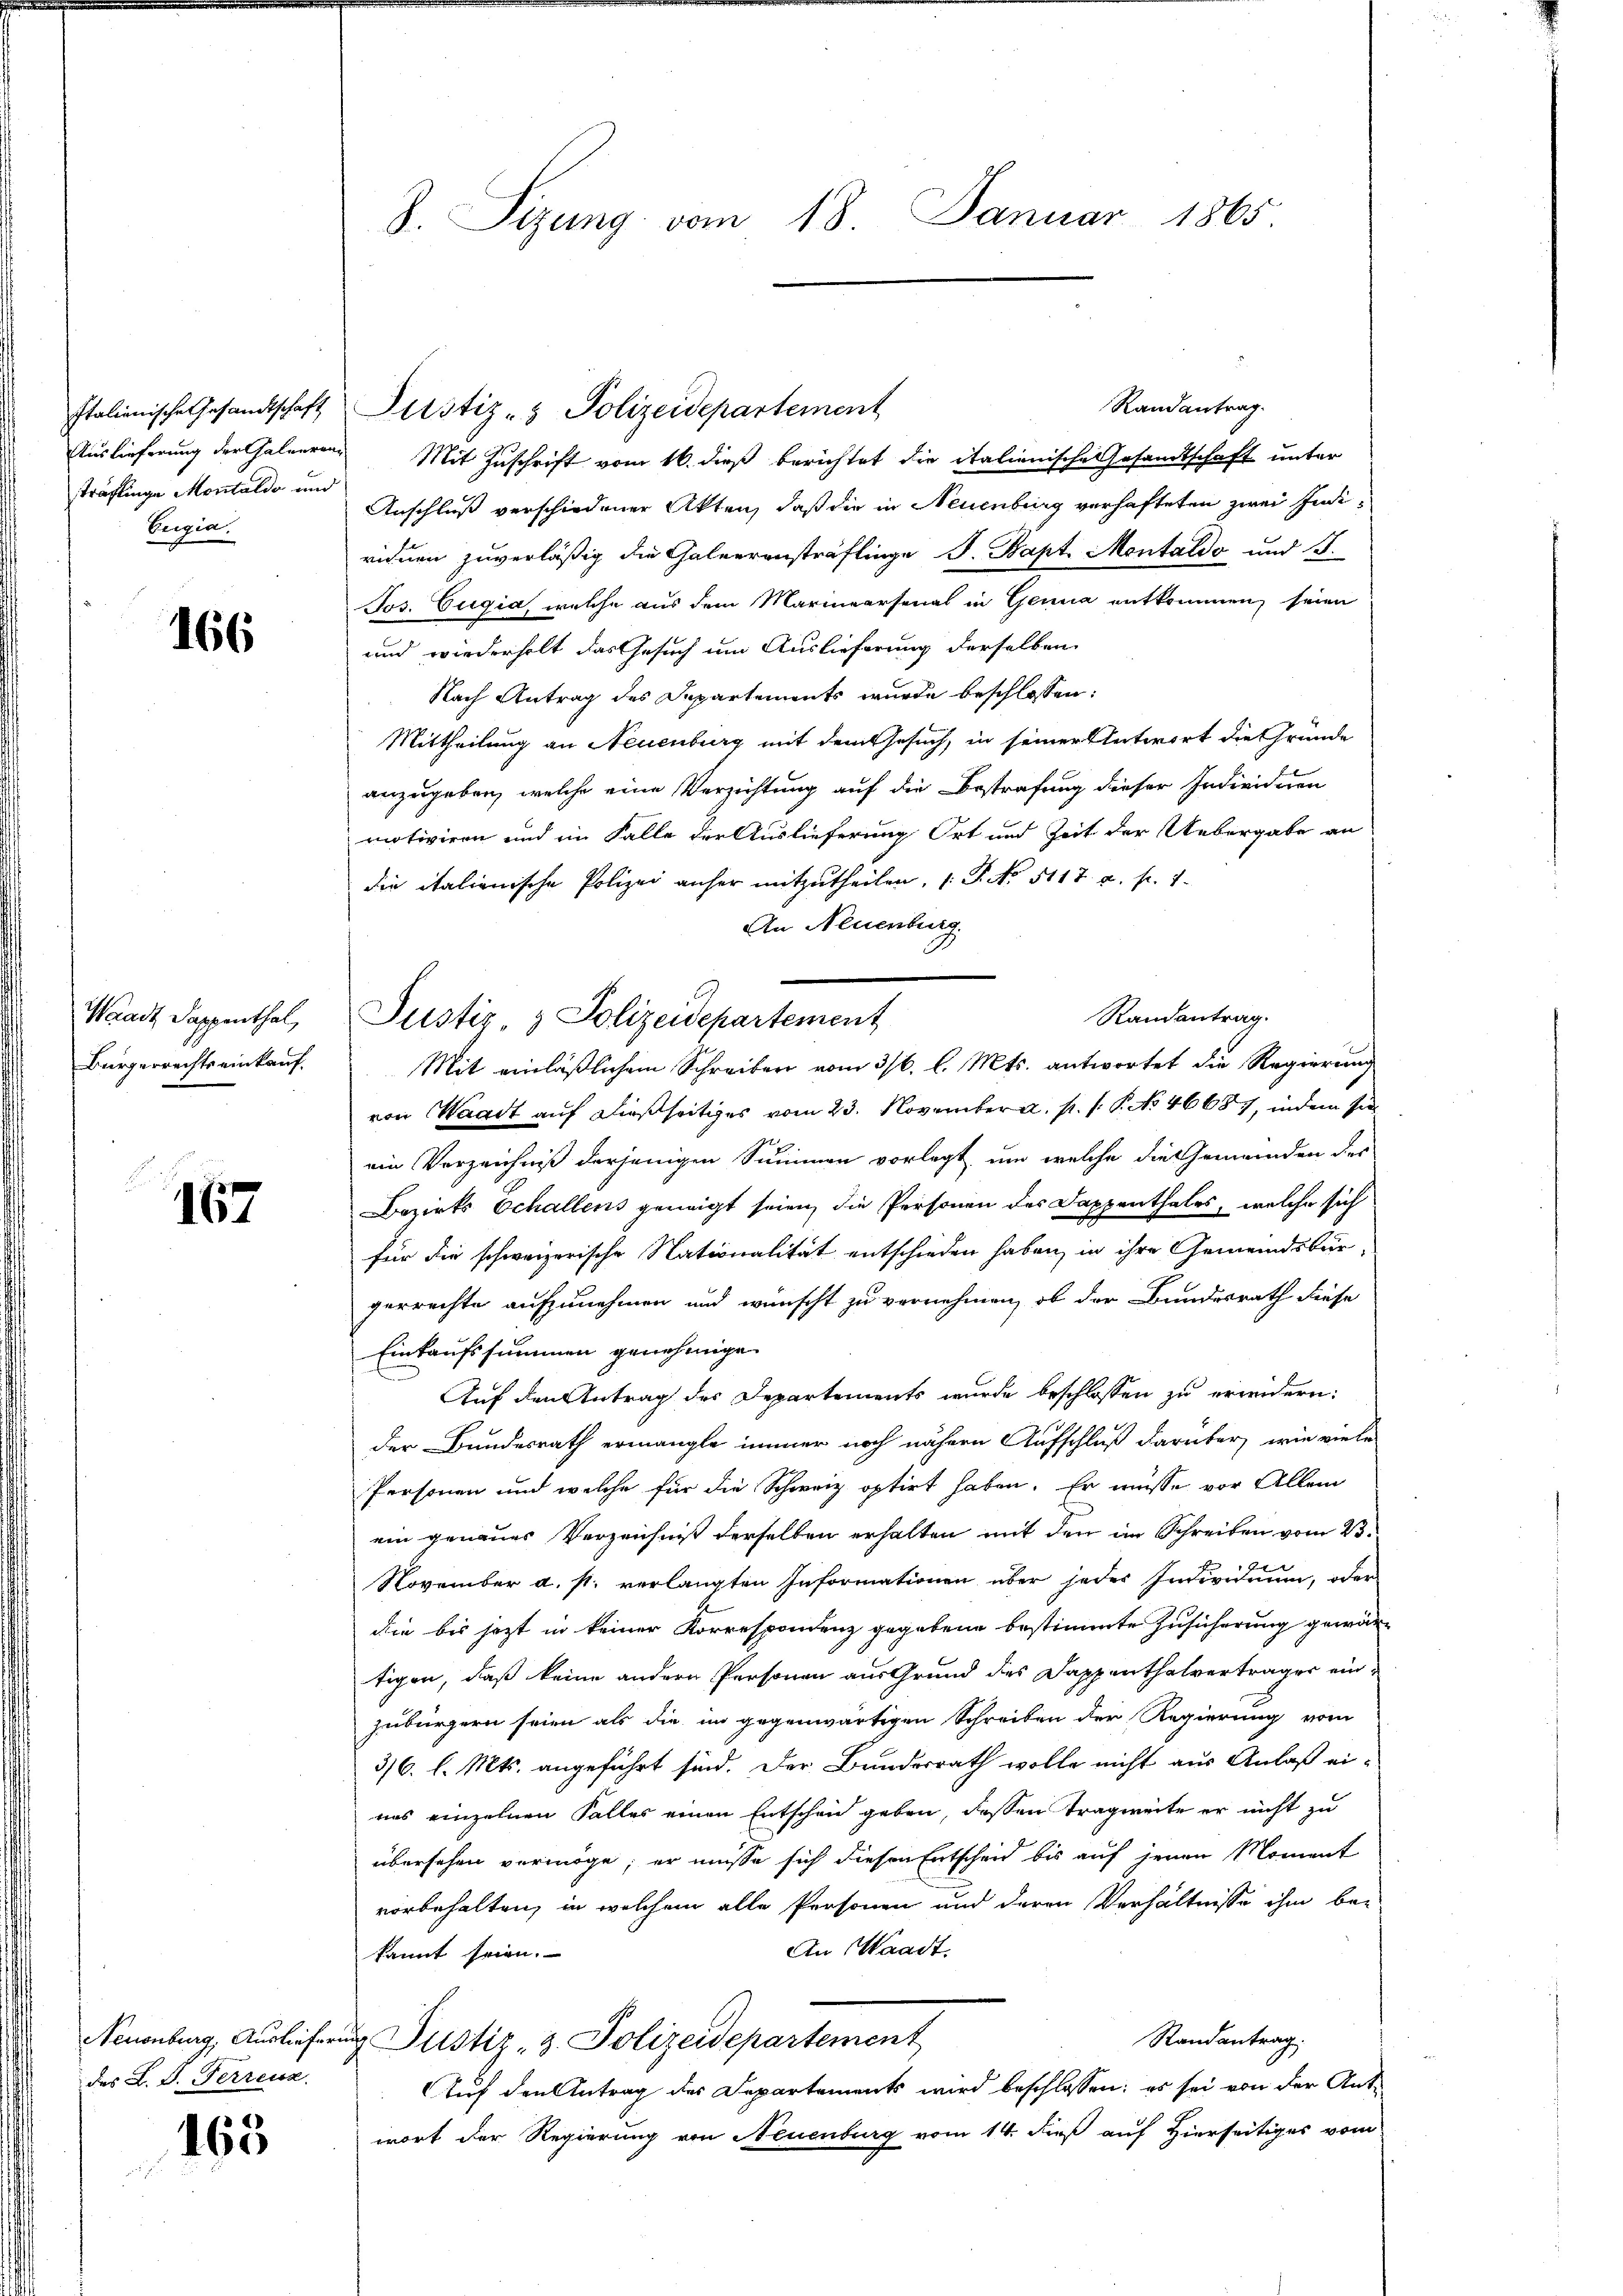
Italienische Gesandtschaft
Auslieferung der Galieren
sträflinge Montaldo und
Luigia.

166

Waadt Sappenthal,
Bürgerrechts einkauf,

167

des L. S. Ferrena

165

S. Sizung vom 18. Januar 1865

Randantrag.
 Mit Zuschrift vom 16. dieß berichtet die italienische Gesandtschaft unter
Anschluß verschiedener Akten, daß die in Neuenburg verhafteten zwei Individuen zuverläßig die Galeerensträflinge J. Bapt. Montaldo und S.
Jos. Eugia, welche aus dem Marmeersonal in Genia entkommen, seien
und wiederholt das Gesuch um Auslieferung derselben
Nach Antrag des Departements wurde beschlossen:
Mittheilung an Neuenburg mit dem Gesuch, in seiner Antwort die Gründe
anzugeben, welche eine Verzichtung auf die Bestrafung dieser Individuen
motiviren und im Falle der Auslieferung Ort und Zeit der Uebergabe an
die italienische Polizei anher mitzutheilen, s. S. No. 5117. a. f. 1.
An Neuenburg.
Randantrag.
Justiz & Polizeidepartement
Mit einläßlichem Schreiben vom 3/6. l. Mts. antwortet die Regierung
von Waadt auf dießseitiges vom 23. November a. p. 1. P. No 46687, indem sie
ein Verzeichniß derjenigen Summen vorlegt, um welche die Gemeinden der
Bezirks Echallens geneigt seien, die Personen des Dappenthales, welche sich
für die schweizerische Nationalität entschieden haben, in ihre Gemeindsbürgerrechte aufzunehmen und wünscht zu vernehmen, ob der Bundesrath diese
Einkaufssummen genehmige
Auf den Antrag des Departements wurde beschlossen zu erindern:
der Bundesrath ermangte immer noch nähern Aufschluß darüber, wie viele
Personen und welche für die Schweiz optirt haben. Er müsse vor Allem
ein genaues Verzeichnis derselben erhalten mit den in Schreiben vom 23.
November a. s. verlangten Informationen über jedes Individuum, oder
die bis jetzt in keiner Korrespondenz gegebene bestimmte Zusicherung gewärtigen, daß keine andern Personen aus Grund des Dappenthalverträger ein-
zubürgern seien als die im gegenwärtigen Schreiben der Regierung vom
36. l. Mts. angeführt sind. Der Bundesrath wolle nicht aus Anlaß ei-
nes einzelnen Falles einen Entscheid geben, dessen Tragweite er nicht zu
übersehen vermöge; er müsse sich diesen Entscheid bis auf jenen Moment
vorbehalten, in welchem alle Personen und deren Verhältnisse ihm be¬
An Waadt.
kannt seien.
Randantrag.
Neuenburg, Auslieferung Pustiz- & Polizeidepartement
Auf den Antrag der Departements wird beschlossen: es sei von der Ant-
wort der Regierung von Neuenburg vom 14. dieß auf Hierseitiges vom

Justiz- & Polizeidepartement